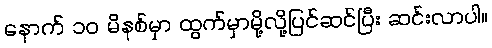
နောက် ၁၀ မိနစ်မှာ ထွက်မှာမို့လို့ပြင်ဆင်ပြီး ဆင်းလာပါ။